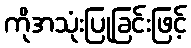
ကိုအသုံးပြုခြင်းဖြင့်